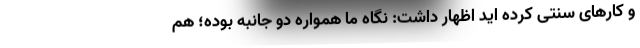
و کارهای سنتی کرده اید اظهار داشت: نگاه ما همواره دو جانبه بوده؛ هم